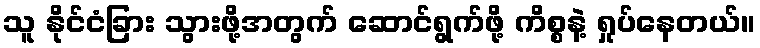
သူ နိုင်ငံခြား သွားဖို့အတွက် ဆောင်ရွက်ဖို့ ကိစ္စနဲ့ ရှုပ်နေတယ်။